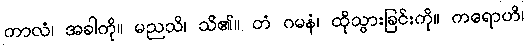
ကာလံ၊ အခါကို။ မညသိ၊ သိ၏။ တံ ဂမနံ၊ ထိုသွားခြင်းကို။ ကရောဟိ၊